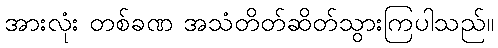
အားလုံး တစ်ခဏ အသံတိတ်ဆိတ်သွားကြပါသည်။